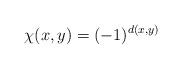
LaTeX: \begin{align*}\chi(x,y)=(-1)^{d(x,y)}\end{align*}